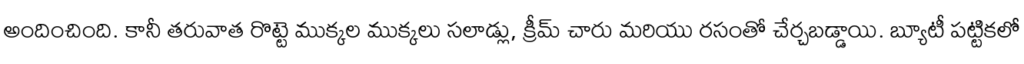
అందించింది. కానీ తరువాత రొట్టె ముక్కల ముక్కలు సలాడ్లు, క్రీమ్ చారు మరియు రసంతో చేర్చబడ్డాయి. బ్యూటీ పట్టికలో